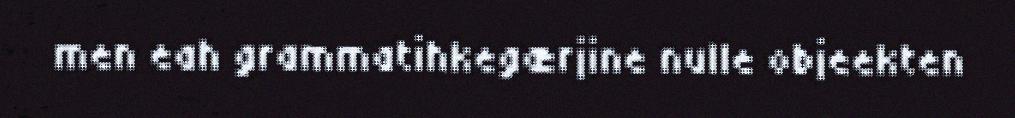
men eah grammatihkegærjine nulle objeekten